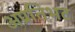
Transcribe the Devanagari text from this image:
अप्रतिभट